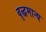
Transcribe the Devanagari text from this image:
वृद्धमान्य